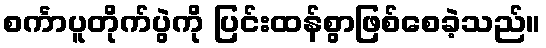
စင်္ကာပူတိုက်ပွဲကို ပြင်းထန်စွာဖြစ်စေခဲ့သည်။